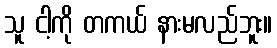
သူ ငါ့ကို တကယ် နားမလည်ဘူး။